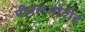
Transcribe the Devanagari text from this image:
पीएलओटीई